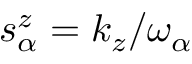
s _ { \alpha } ^ { z } = k _ { z } / \omega _ { \alpha }